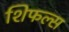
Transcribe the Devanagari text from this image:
शिफल्स